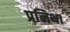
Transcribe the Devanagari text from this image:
प्रनिथा